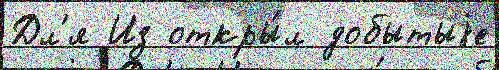
Дл'я Из откры́л добытыjе